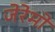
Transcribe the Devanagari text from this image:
जेरेमो